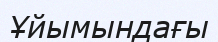
Ұйымындағы